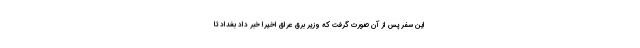
این سفر پس از آن صورت گرفت که وزیر برق عراق اخیرا خبر داد بغداد تا